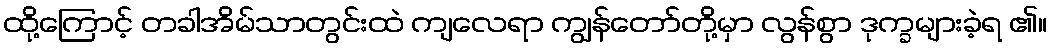
ထို့ကြောင့် တခါအိမ်သာတွင်းထဲ ကျလေရာ ကျွန်တော်တို့မှာ လွန်စွာ ဒုက္ခများခဲ့ရ ၏။